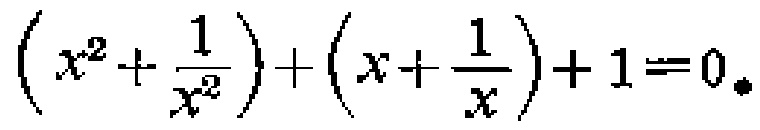
\(\left(x^{2}+\frac{1}{x^{2}}\right)+\left(x+\frac{1}{x}\right)+1 = 0\)